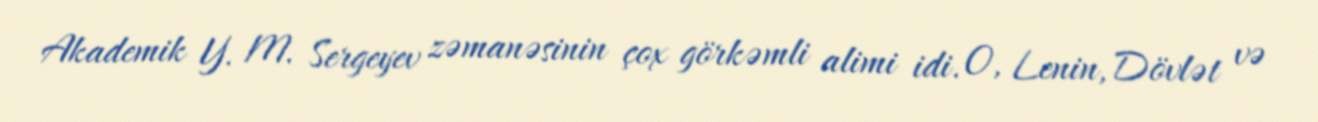
Akademik Y. M. Sergeyev zəmanəsinin çox görkəmli alimi idi. O, Lenin, Dövlət və